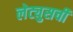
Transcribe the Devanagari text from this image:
लेट्युसची